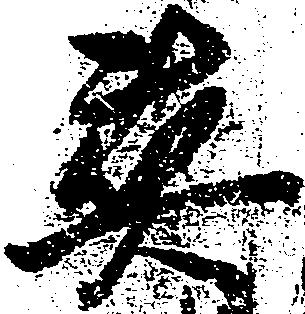
英